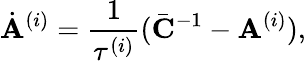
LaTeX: \dot{\mathbf{A}}^{(i)}=\frac{1}{\tau^{(i)}}(\bar{\mathbf{C}}^{-1}-\mathbf{A}^{(i)}),